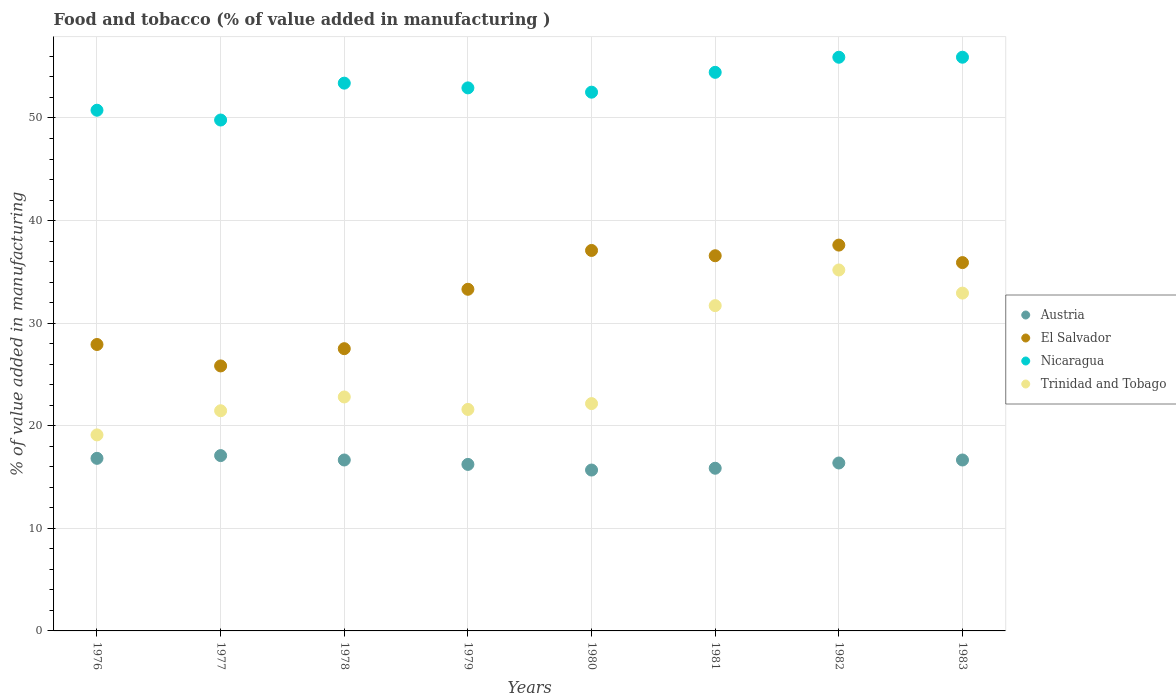
| Years | Austria | El Salvador | Nicaragua | Trinidad and Tobago |
 | --- | --- | --- | --- | --- |
 | 1976 | 16.8 | 27.9 | 50.8 | 19.1 |
 | 1977 | 17.1 | 25.8 | 49.8 | 21.5 |
 | 1978 | 16.7 | 27.5 | 53.4 | 22.8 |
 | 1979 | 16.2 | 33.3 | 52.9 | 21.6 |
 | 1980 | 15.7 | 37.1 | 52.5 | 22.2 |
 | 1981 | 15.9 | 36.6 | 54.4 | 31.7 |
 | 1982 | 16.4 | 37.6 | 55.9 | 35.2 |
 | 1983 | 16.7 | 35.9 | 55.9 | 32.9 |